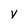
Character: V